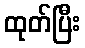
ထုတ်ပြီး